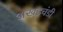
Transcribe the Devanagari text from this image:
अखडचंडी